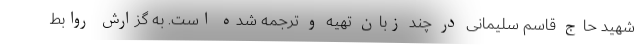
شهید حاج قاسم سلیمانی در چند زبان تهیه و ترجمه شده است. به گزارش روابط